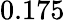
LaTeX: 0.175